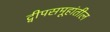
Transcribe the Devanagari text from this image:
द्वीपसमूहांतील